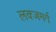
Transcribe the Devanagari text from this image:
लक्जमर्ग